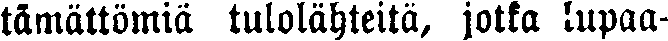
tämättömiä tulolähteitä, jotka lupaa-